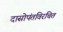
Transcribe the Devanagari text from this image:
दासोपंतविरचित